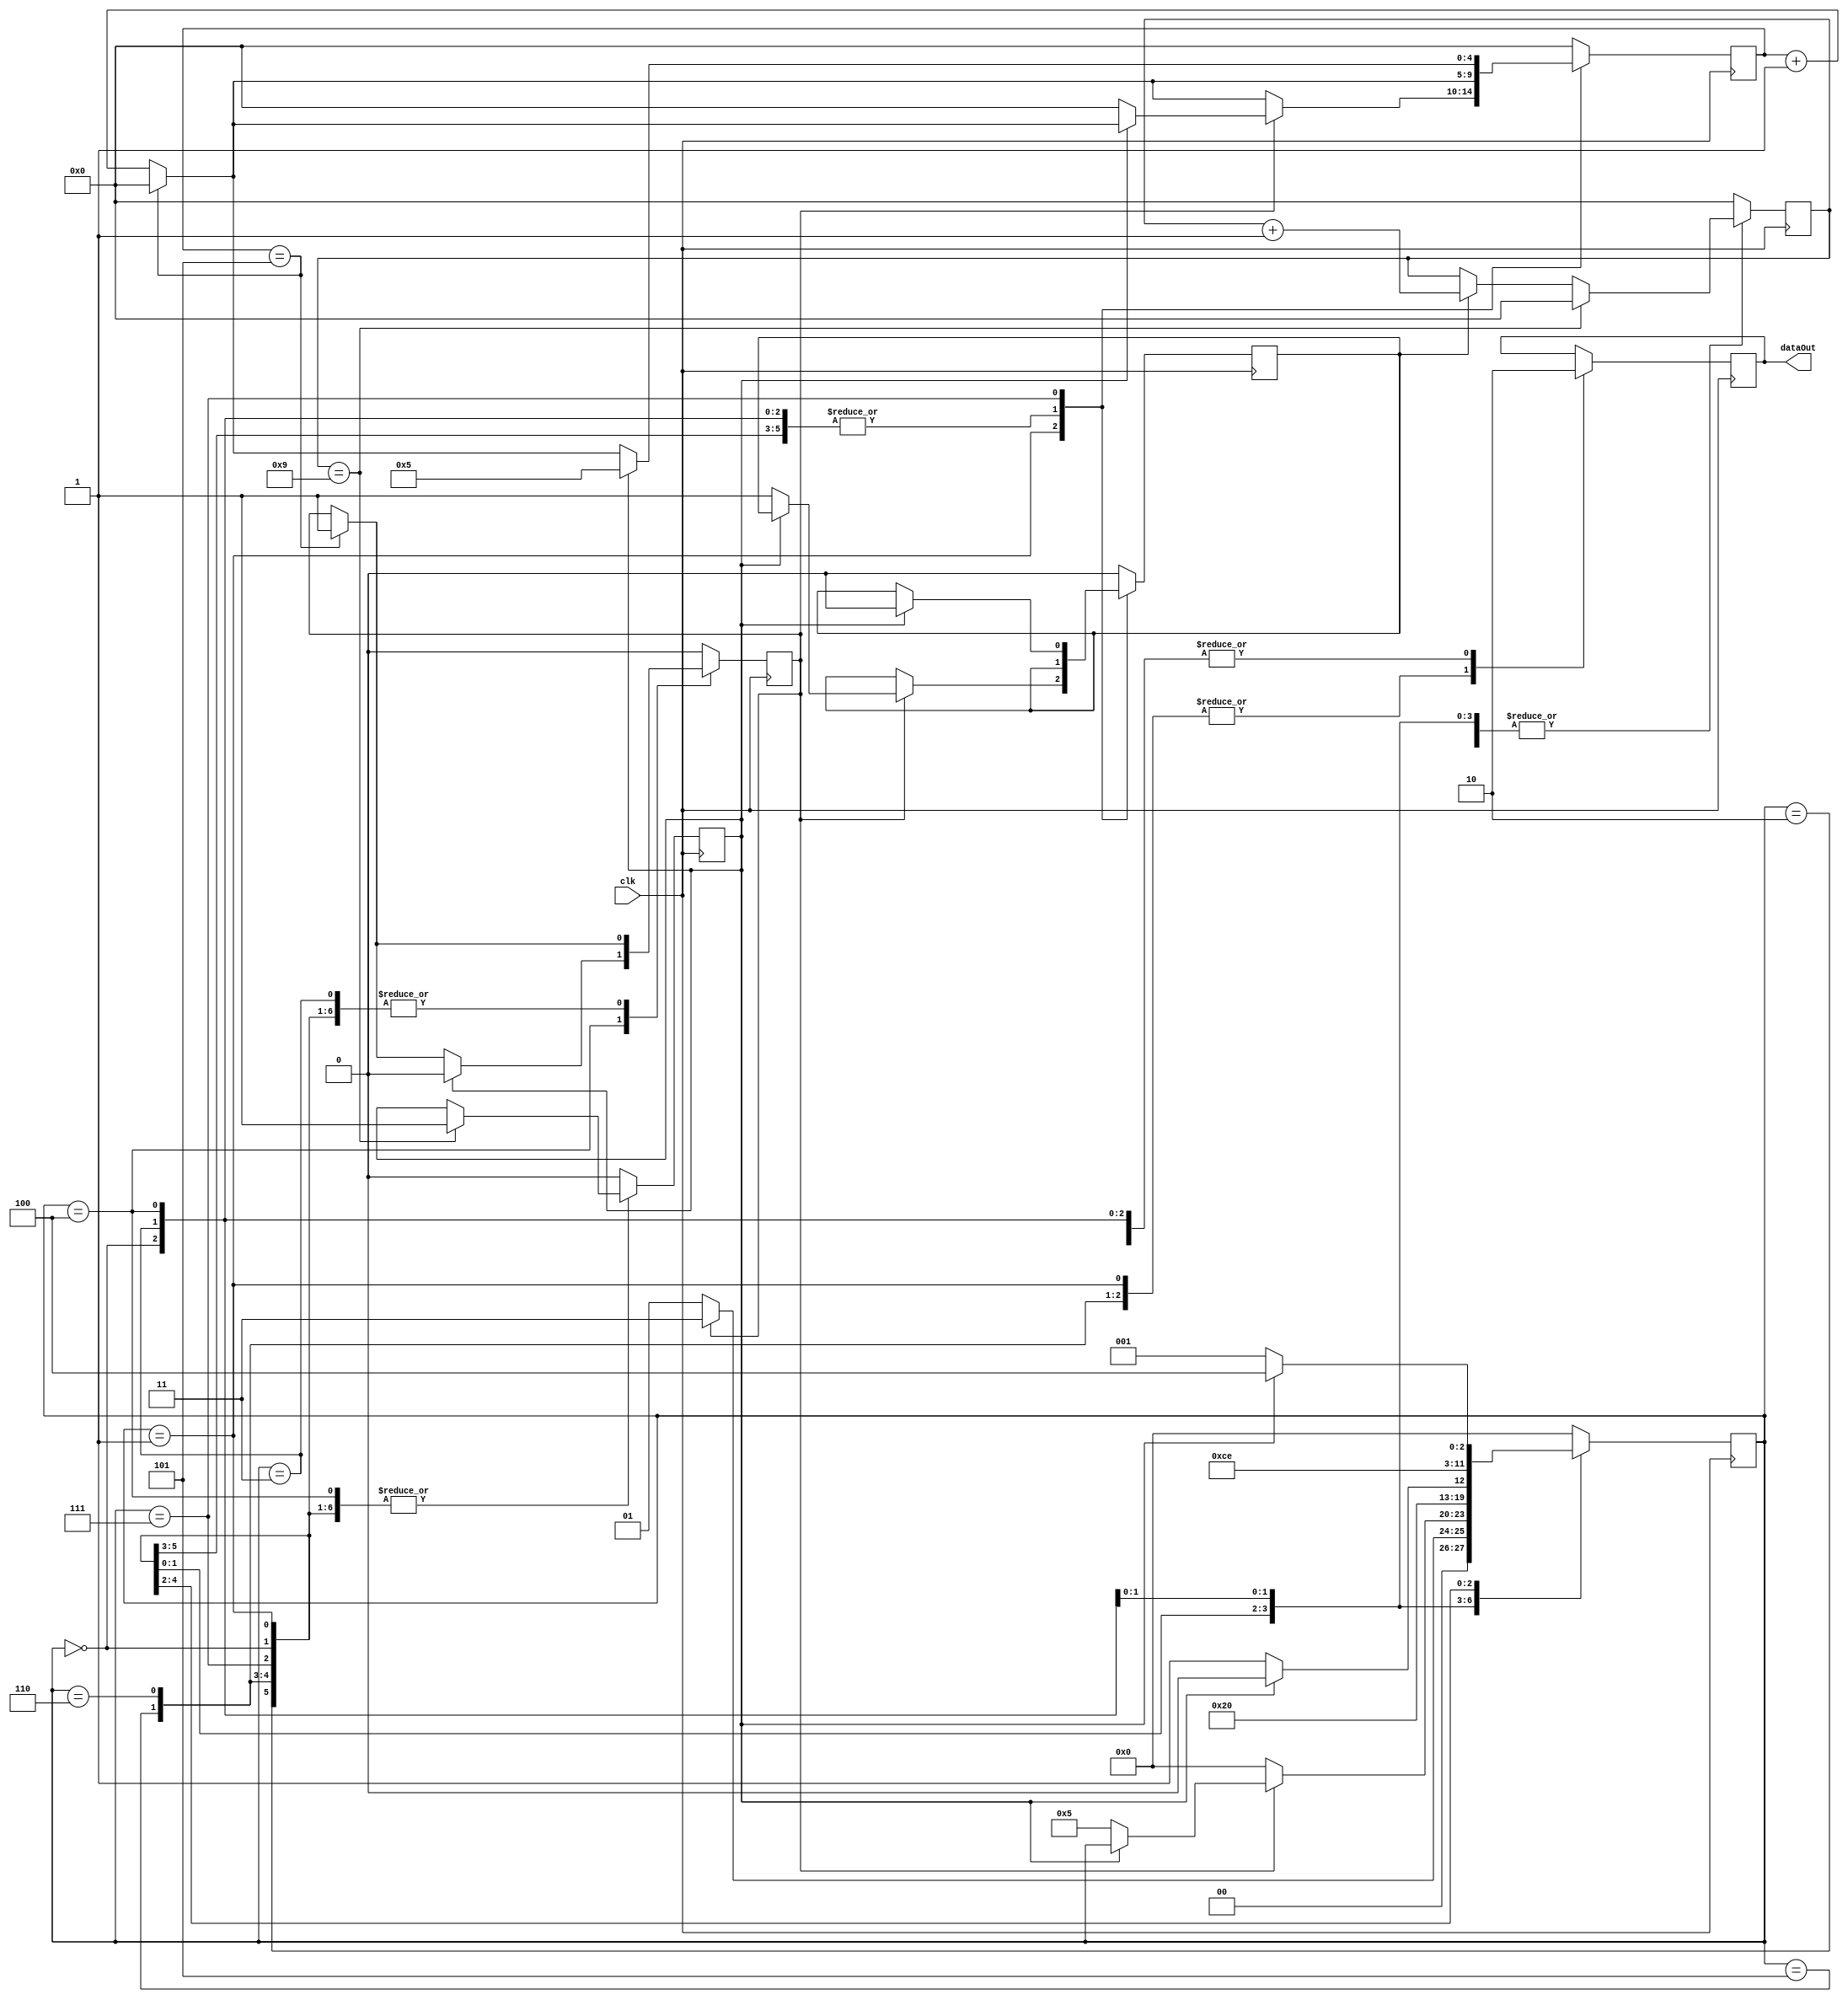
module sos_driver ( input clk,output dataOut
  
);

reg dataOut;
reg [3:0]state;
reg dotflag;
reg dashflag;
reg startCounterB;
reg [4:0] counter;
reg [4:0] counterB;

wire clk;

always @(posedge clk)begin
    counter <= counter +1;
    if(counter == 4'd5)begin // counter == 4'd5
        dotflag <= 1'b1;
        counter <= 4'd0; 
    end
    if(startCounterB == 1'b1)begin
        counterB <= counterB+1;
    end
    if (counterB == 4'd9) begin
      dashflag <=1'b1;
      counterB <=4'd0;
    end
    case (state)
      4'd0: begin
        dataOut <= 1'b0;
        if (dotflag == 1'b0) begin
            state <= 3'd1;
        end else begin
            state <= 3'd3;
        end
      end
      4'd1:begin
        dataOut <= 1'b1;
        if(dotflag == 1'b0)begin
            state <= 3'd0;//***CH
        end else begin
            if (dashflag == 1'b0) begin
              state <= 3'd5;
              counter <=4'd00; 
              startCounterB <= 1'b1;
            end
        end
      end
      4'd2:begin
        dataOut <= 1'b0;
        state <= 3'd0; 
      end
      4'd3:begin
        dataOut <= 1'b0;
        state <= 3'd4; 
        dashflag <=1'b0; //*****CH
      end
      4'd4:begin
        dataOut <= 1'b0;
        if (dashflag == 1'b0) begin
          state <= 3'd1; 
        end else begin
          state <= 3'd0;
          dotflag <= 1'b0; 
        end
      end
      4'd5:begin
        dataOut <= 1'b1;
        state <= 3'd6; 
      end
      4'd6:begin
        dataOut <= 1'b1;
        state <= 3'd7; 
      end
      4'd7:begin
        dataOut <= 1'b0;
        if (dashflag == 1'b0) begin
          state <= 3'd1;
        end else begin
          state <= 3'd4; //**** chp 3'd3;
          startCounterB <= 1'b0;
          counter <= 4'd5; //***chp 3'd0
        end 
      end
      default: begin
        state <=3'd0;
        dotflag <= 1'b0;
        dashflag <= 1'b0;
        counter <=2'b00;
        counterB <=5'd0;
        startCounterB<=0;
        //dataOut <= 1'b0;
      end
    endcase
  
end

endmodule